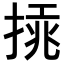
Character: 𢰫